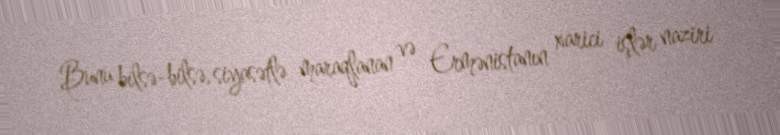
Bunu bilsə-bilsə, siyasətlə maraqlanan və Ermənistanın xarici işlər naziri